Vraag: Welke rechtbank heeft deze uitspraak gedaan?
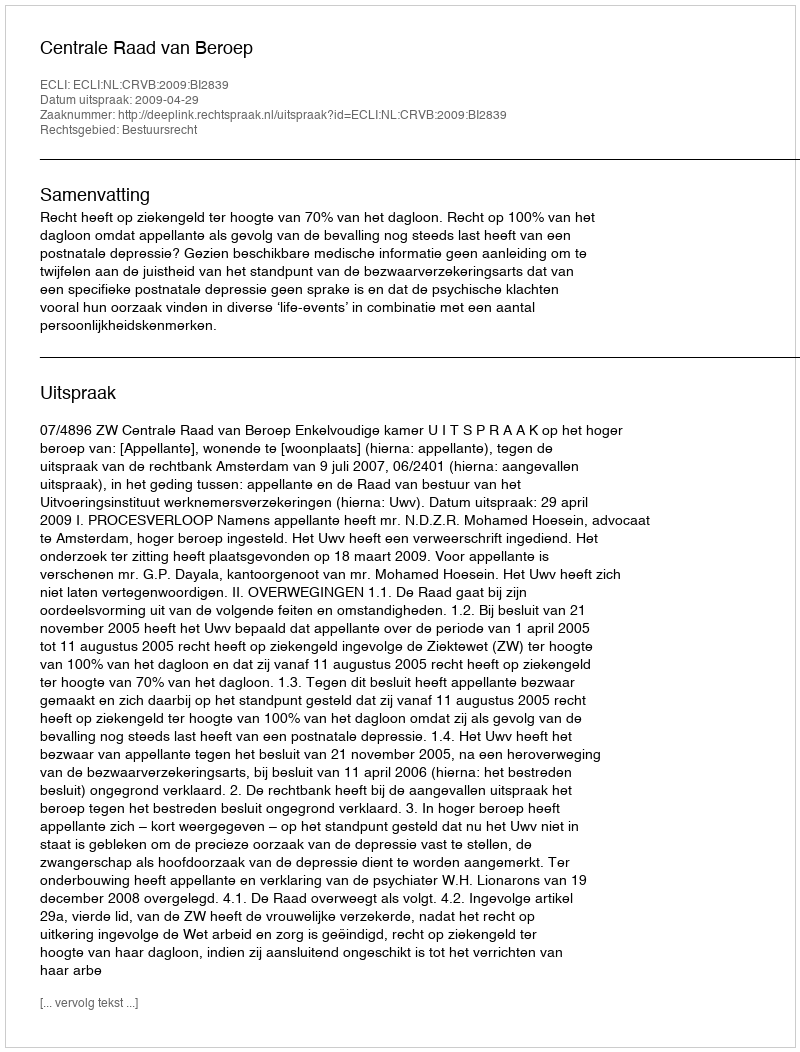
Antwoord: Centrale Raad van Beroep